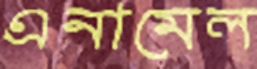
এনামেল